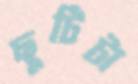
ছুটিটা